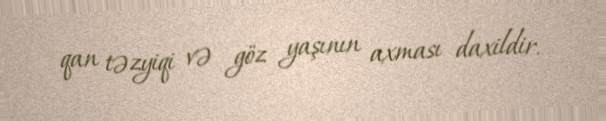
qan təzyiqi və göz yaşının axması daxildir.